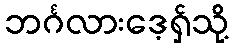
ဘင်္ဂလားဒေ့ရှ်သို့